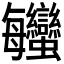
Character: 𧖦